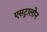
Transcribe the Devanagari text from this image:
एसट्रालोन